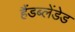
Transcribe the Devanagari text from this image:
हैंडब्लेंडेड